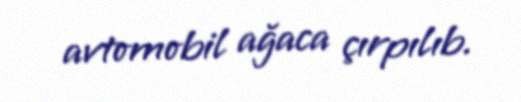
avtomobil ağaca çırpılıb.